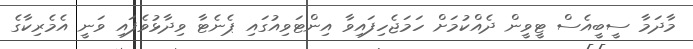
މާދަމާ ސީބީއެސް ޓީވީން ދެއްކުމަށް ހަމަޖެހިފައިވާ އިންޓަވިއުގައި ޕެނެޓާ ވިދާޅުވެފައި ވަނީ އެމެރިކާގެ